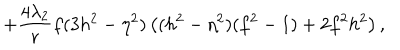
+ \frac { 4 \lambda _ { 2 } } { r } f ( 3 h ^ { 2 } - \eta ^ { 2 } ) \left( ( h ^ { 2 } - \eta ^ { 2 } ) ( f ^ { 2 } - 1 ) + 2 f ^ { 2 } h ^ { 2 } \right) ,